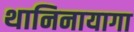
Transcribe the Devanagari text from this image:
थानिनायागा